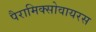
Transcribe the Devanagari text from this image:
पैरामिक्सोवायरस